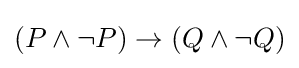
(P\land \lnot P)\to (Q\land \lnot Q)